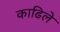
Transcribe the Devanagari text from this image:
काढिले